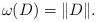
LaTeX: \begin{align*}\omega(D) = \|D \|.\end{align*}